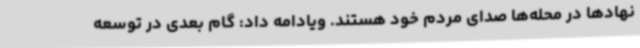
نهادها در محله‌ها صدای مردم خود هستند. ویادامه داد: گام بعدی در توسعه